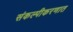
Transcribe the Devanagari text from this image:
संकल्पीकरणात